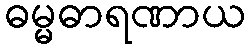
ဓမ္မဓာရဏာယ